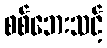
စစ်ဘေးသင့်